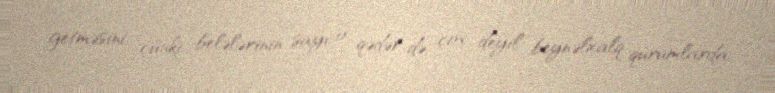
getməsini, çünki belələrinin sayı o qədər də çox deyil beynəlxalq qurumlarda.